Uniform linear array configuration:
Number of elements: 48
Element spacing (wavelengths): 0.5
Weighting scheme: blackman
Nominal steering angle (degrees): -30
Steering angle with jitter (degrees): -29.608
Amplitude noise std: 0.05
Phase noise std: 0.05

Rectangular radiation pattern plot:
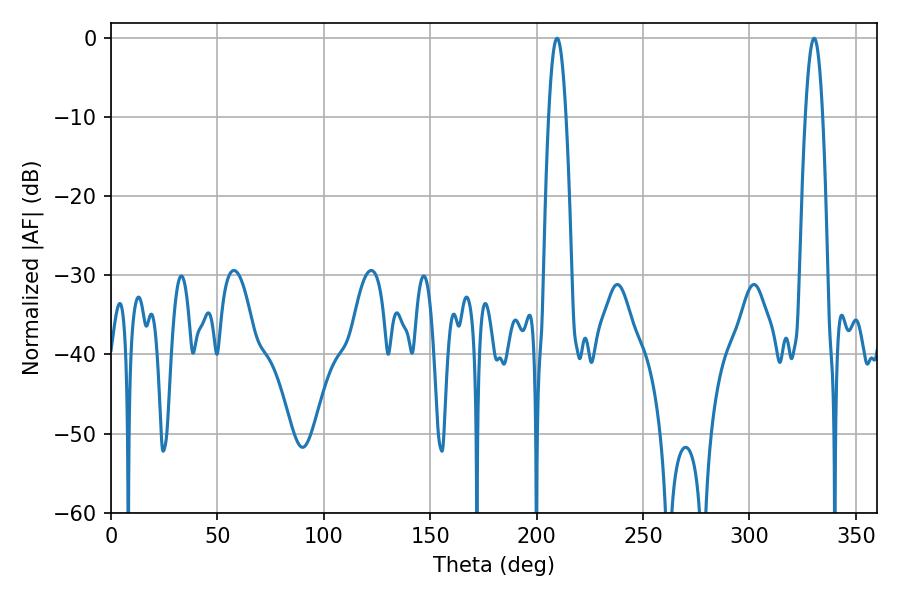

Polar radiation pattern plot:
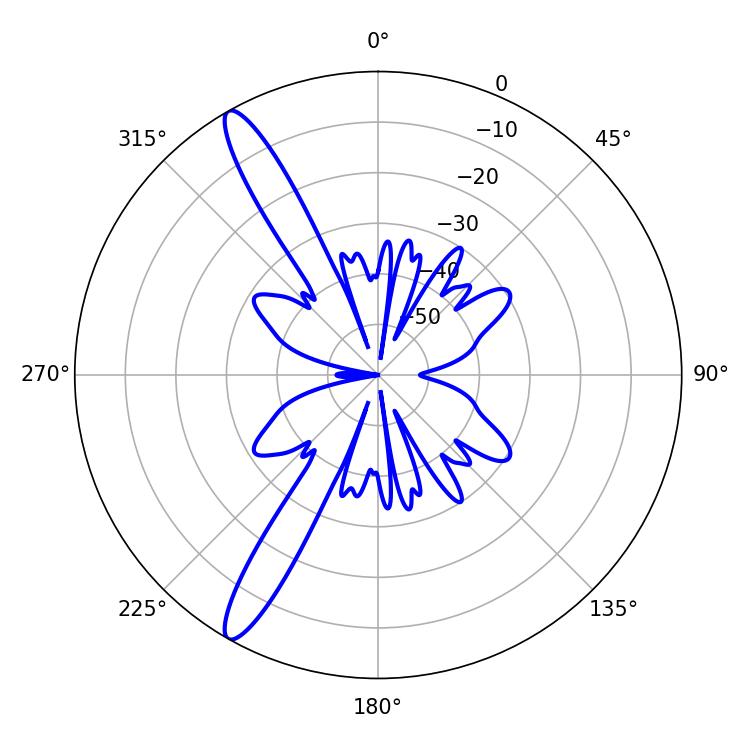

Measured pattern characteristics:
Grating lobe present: FALSE
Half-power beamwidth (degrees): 4.5
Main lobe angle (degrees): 209.52